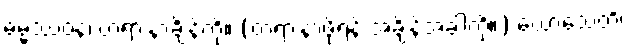
ဓမ္မဿဝနံ၊ တရားနာချိန်ကို။ (တရားနာဖို့ရန် အချိန်အခါကို။) ဃောသေတိ၊